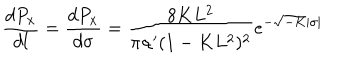
\frac { d P _ { x } } { d l } = \frac { d P _ { x } } { d \sigma } = \frac { 8 K L ^ { 2 } } { \pi \alpha ^ { \prime } ( 1 - K L ^ { 2 } ) ^ { 2 } } e ^ { - \sqrt { - K } \mid \sigma \mid }